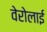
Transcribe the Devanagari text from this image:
वेरोलाई